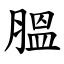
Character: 膃